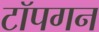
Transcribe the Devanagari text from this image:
टॉपगन